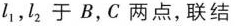
l_{1}，l_{2}于B,C两点，联结